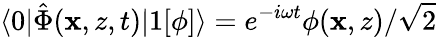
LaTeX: \langle 0|\hat{\Phi}(\mathbf{x},z,t)|1[\phi]\rangle=e^{-i\omega t}\phi(\mathbf{x},z)/\sqrt{2}